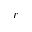
r